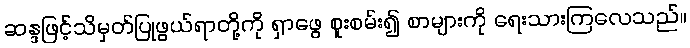
ဆန္ဒဖြင့်သိမှတ်ပြုဖွယ်ရာတို့ကို ရှာဖွေ စူးစမ်း၍ စာများကို ရေးသားကြလေသည်။